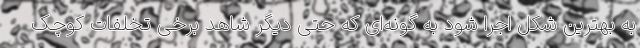
به بهترین شکل اجرا شود به گونه‌ای که حتی دیگر شاهد برخی تخلفات کوچک